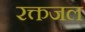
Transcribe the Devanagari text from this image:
रक्तजल